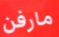
مارفن